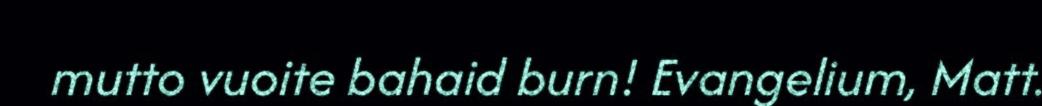
mutto vuoite bahaid burn! Evangelium, Matt.